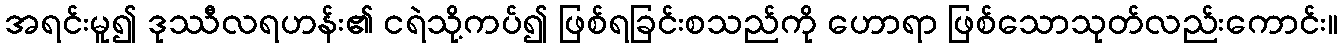
အရင်းမူ၍ ဒုဿီလရဟန်း၏ ငရဲသို့ကပ်၍ ဖြစ်ရခြင်းစသည်ကို ဟောရာ ဖြစ်သောသုတ်လည်းကောင်း။